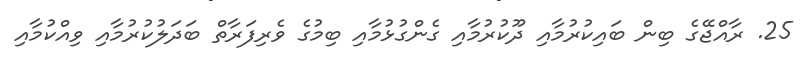
25. ރާއްޖޭގެ ބިން ބައިކުރުމާއި ދޫކުރުމާއި ގެންގުޅުމާއި ބިމުގެ ވެރިފަރާތް ބަދަލުކުރުމާއި ވިއްކުމާއި